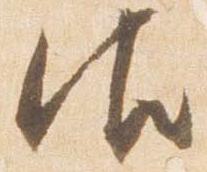
御